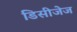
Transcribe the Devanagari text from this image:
डिसीजेज